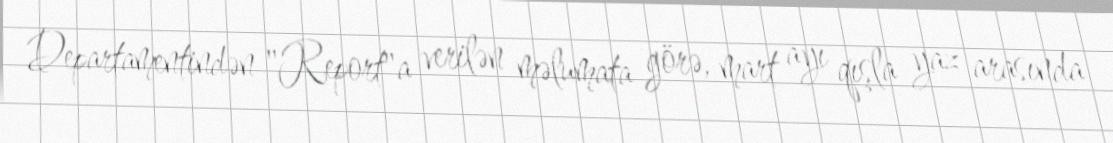
Departamentindən "Report"a verilən məlumata görə, mart ayı qışla yaz arasında